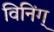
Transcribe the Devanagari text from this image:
विनिंग्